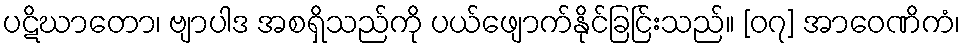
ပဋိဃာတော၊ ဗျာပါဒ အစရှိသည်ကို ပယ်ဖျောက်နိုင်ခြင်ြးသည်။ [၀၇] အာဝေဏိကံ၊